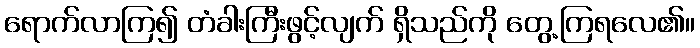
ရောက်လာကြ၍ တံခါးကြီးဖွင့်လျက် ရှိသည်ကို တွေ့ကြရလေ၏။